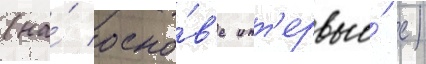
(на́ осно́в'е инт'ервью́ с)